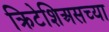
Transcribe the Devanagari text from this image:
क्रिटेशिअसच्या